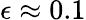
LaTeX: \epsilon\approx 0.1